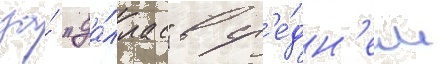
за́ "да́ллас" в ср'е́дн'ем